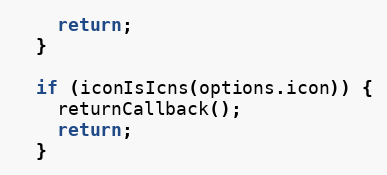
Language: JavaScript
    return;
  }

  if (iconIsIcns(options.icon)) {
    returnCallback();
    return;
  }